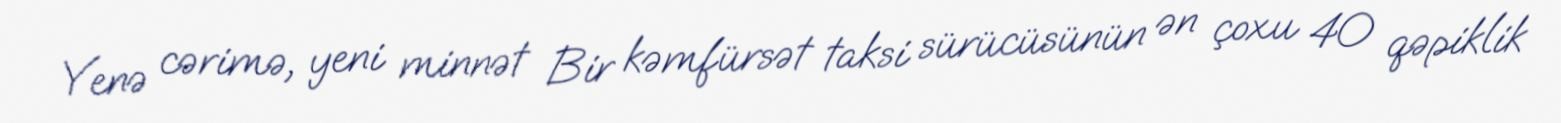
Yenə cərimə, yeni minnət Bir kəmfürsət taksi sürücüsünün ən çoxu 40 qəpiklik